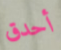
أحدق